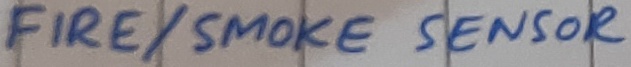
Text: FIRE/SMOKE SENSOR